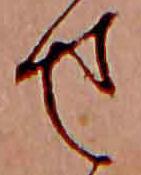
せ